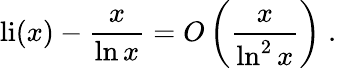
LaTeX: \operatorname{li}(x)-{\frac{x}{\ln x}}=O\left({\frac{x}{\ln^{2}x}}\right)\; .